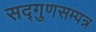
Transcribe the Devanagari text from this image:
सद्गुणसम्पन्न